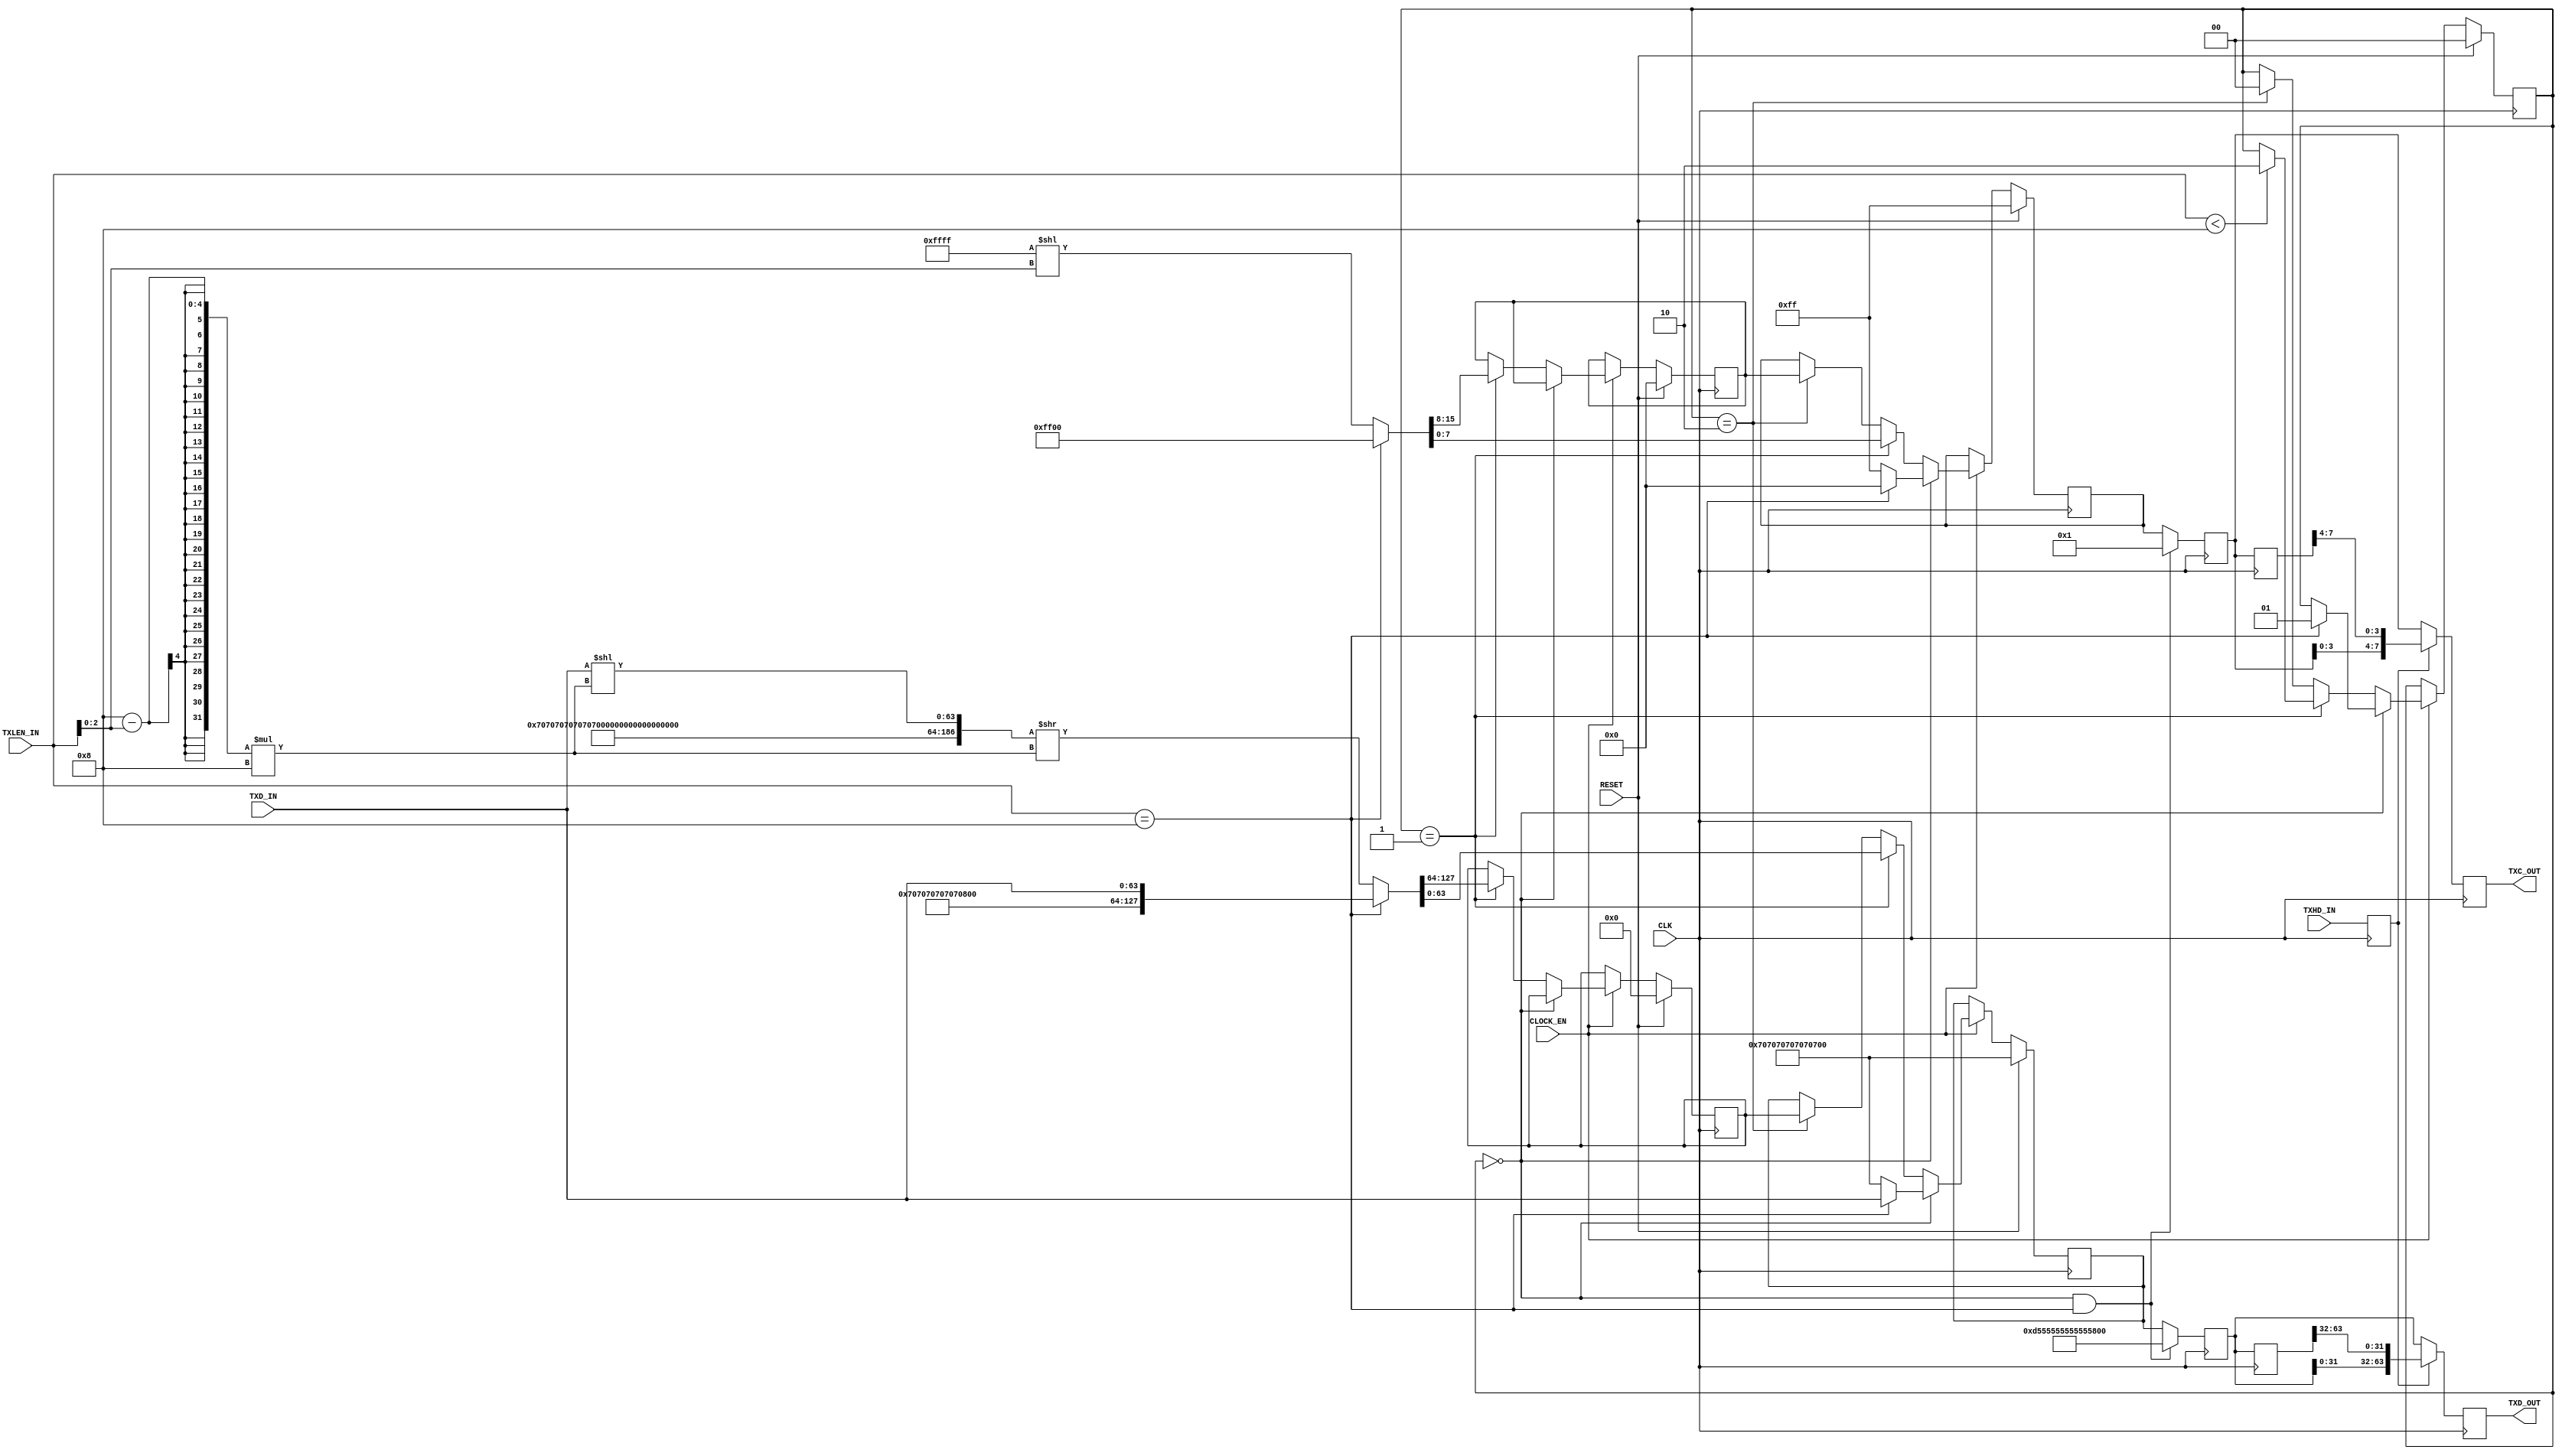

// Copyright (C) Akira Higuchi  ( https://github.com/ahiguti )
// Copyright (C) DeNA Co.,Ltd. ( https://dena.com )
// All rights reserved.
// See COPYRIGHT.txt for details


module xgmii_tx_nofcs(
input CLK,
input RESET,
input CLOCK_EN,
input [3:0] TXLEN_IN,
input [63:0] TXD_IN,
input TXHD_IN,
output [63:0] TXD_OUT,
output [7:0] TXC_OUT
);

reg [63:0] txd_out;
reg [7:0] txc_out;
reg [63:0] txd_rem;
reg [7:0] txc_rem;
reg [1:0] state;
reg txhd_out;
reg txhd_out_1;
reg [63:0] txd_out_1;
reg [7:0] txc_out_1;
reg [63:0] txd_out_2;
reg [7:0] txc_out_2;
reg [63:0] txd_out_3;
reg [7:0] txc_out_3;

assign TXD_OUT = txd_out_3;
assign TXC_OUT = txc_out_3;

function [127:0] txd_trailing;
input [63:0] txd;
input [3:0] txlen; /* txlen <= 8 */
begin
    if (txlen == 8) begin
        txd_trailing = { 64'h07070707070707fd, txd[63:0] };
    end else begin
        txd = txd << ((8 - txlen[2:0]) * 8);
        txd_trailing = { 128'h070707070707070707070707070707fd, txd[63:0] } >> ((8 - txlen[2:0]) * 8);
    end
end
endfunction

function [15:0] txc_trailing;
input [3:0] txlen;  /* txlen <= 8 */
begin
    if (txlen == 8) begin
        txc_trailing = 16'hff00;
    end else begin
        txc_trailing = 16'hffff << txlen[2:0];
    end
end
endfunction

always @(posedge CLK) begin
    if (RESET) begin
        txd_out <= 64'h0707070707070707;
        txc_out <= 8'hff;
        txd_rem <= 0;
        txc_rem <= 0;
        state <= 0;
    end else if (!CLOCK_EN) begin
        // noop
    end else begin
        if (state == 0) begin
            txd_out <= 64'h0707070707070707;
            txc_out <= 8'hff;
            if (TXLEN_IN == 8) begin
                txd_out <= TXD_IN;
                txc_out <= 8'h00;
                state <= 1;
            end
        end else if (state == 1) begin
            txd_out <= txd_trailing(TXD_IN, TXLEN_IN);
            txc_out <= txc_trailing(TXLEN_IN);
            txd_rem <= txd_trailing(TXD_IN, TXLEN_IN) >> 64;
            txc_rem <= txc_trailing(TXLEN_IN) >> 8;
            if (TXLEN_IN < 8) begin
                state <= 2;
            end
        end else if (state == 2) begin
            txd_out <= txd_rem;
            txc_out <= txc_rem;
            state <= 0;
        end
    end
    txhd_out <= TXHD_IN;
    txd_out_1 <= (state == 0 && TXLEN_IN == 8) ? 64'hd5555555555555fb : txd_out;
    txc_out_1 <= (state == 0 && TXLEN_IN == 8) ? 8'h01 : txc_out;
    txhd_out_1 <= txhd_out;
    txd_out_2 <= txd_out_1;
    txc_out_2 <= txc_out_1;
    txd_out_3 <= txhd_out ? { txd_out_1[31:0], txd_out_2[63:32] } : txd_out_1;
    txc_out_3 <= txhd_out ? { txc_out_1[3:0], txc_out_2[7:4] } : txc_out_1;
end

endmodule